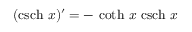
( \operatorname { c s c h } \, x ) ^ { \prime } = - \, \coth \, x \, \operatorname { c s c h } \, x